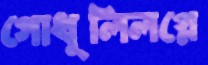
গোধূলিলগ্নে